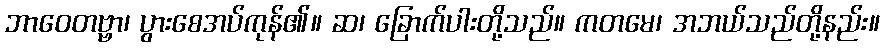
ဘာဝေတဗ္ဗာ၊ ပွားစေအပ်ကုန်၏။ ဆ၊ ခြောက်ပါးတို့သည်။ ကတမေ၊ အဘယ်သည်တို့နည်း။